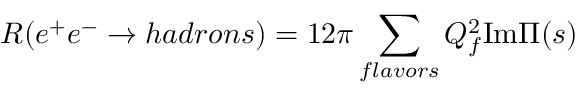
R ( e ^ { + } e ^ { - } \rightarrow h a d r o n s ) = 1 2 \pi \sum _ { f l a v o r s } Q _ { f } ^ { 2 } \mathrm { I m } \Pi ( s )